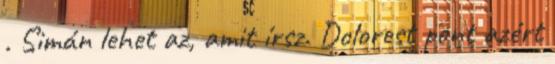
. Simán lehet az, amit írsz. Dolorest pont azért